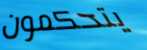
يتحكمون